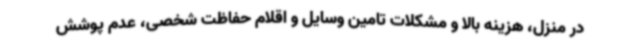
در منزل، هزینه بالا و مشکلات تامین وسایل و اقلام حفاظت شخصی، عدم پوشش